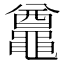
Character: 𪓵